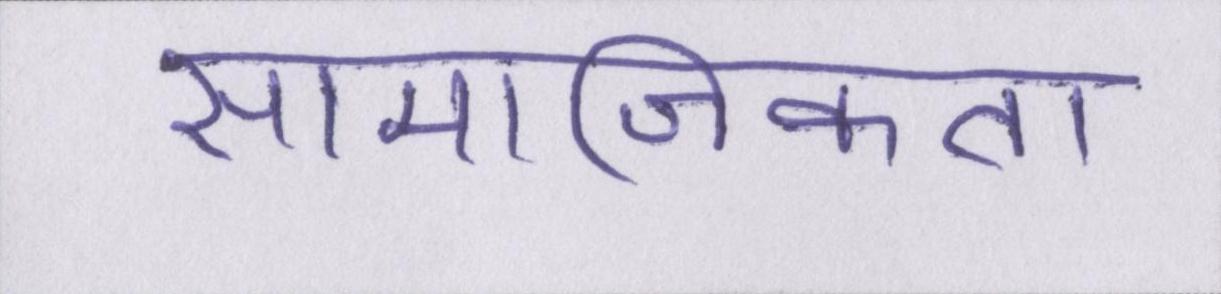
सामाजिकता